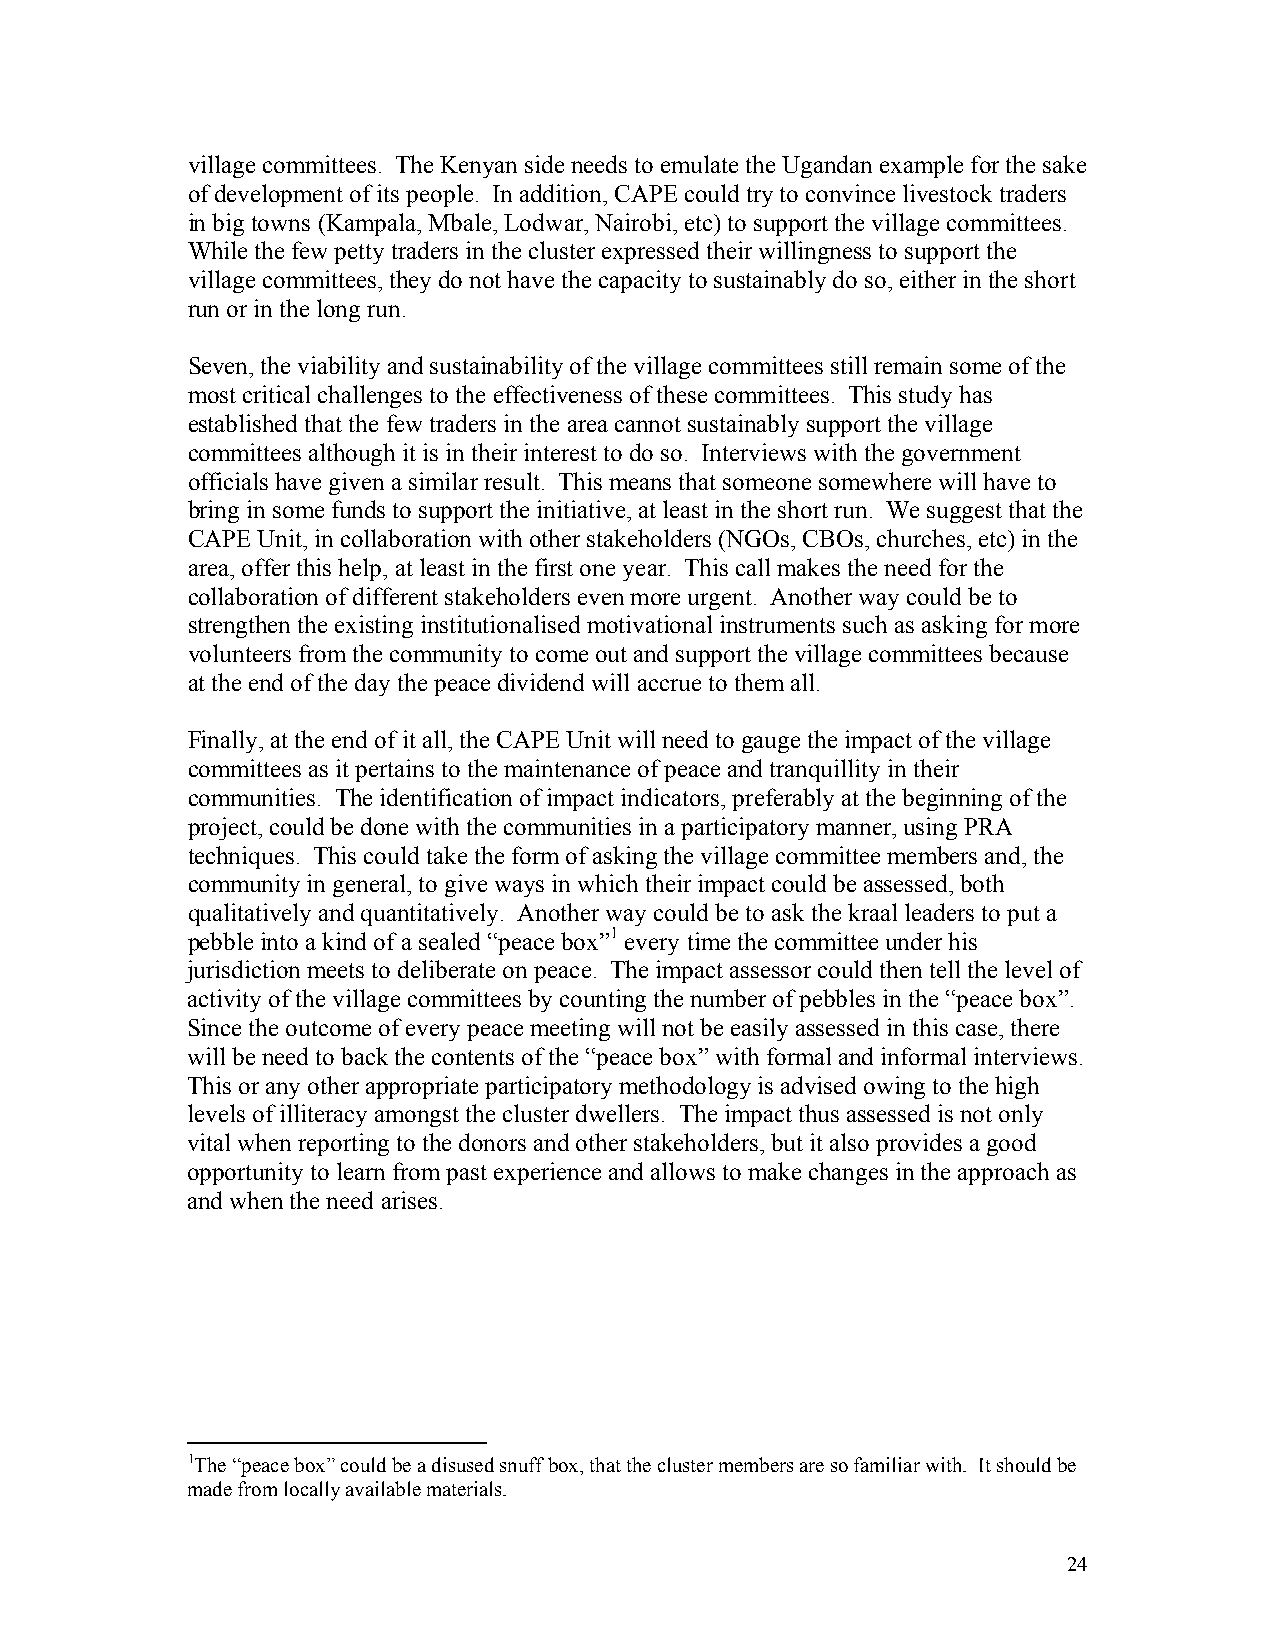
village committees. The Kenyan side needs to emulate the Ugandan example for the sake
 of development of its people. In addition, CAPE could try to convince livestock traders
 in big towns (Kampala, Mbale, Lodwar, Nairobi, etc) to support the village committees.
 While the few petty traders in the cluster expressed their willingness to support the
 village committees, they do not have the capacity to sustainably do so, either in the short
 run or in the long run.
 Seven, the viability and sustainability of the village committees still remain some of the
 most critical challenges to the effectiveness of these committees. This study has
 established that the few traders in the area cannot sustainably support the village
 committees although it is in their interest to do so. Interviews with the government
 officials have given a similar result. This means that someone somewhere will have to
 bring in some funds to support the initiative, at least in the short run. We suggest that the
 CAPE Unit, in collaboration with other stakeholders (NGOs, CBOs, churches, etc) in the
 area, offer this help, at least in the first one year. This call makes the need for the
 collaboration of different stakeholders even more urgent. Another way could be to
 strengthen the existing institutionalised motivational instruments such as asking for more
 volunteers from the community to come out and support the village committees because
 at the end of the day the peace dividend will accrue to them all.
 Finally, at the end of it all, the CAPE Unit will need to gauge the impact of the village
 committees as it pertains to the maintenance of peace and tranquillity in their
 communities. The identification of impact indicators, preferably at the beginning of the
 project, could be done with the communities in a participatory manner, using PRA
 techniques. This could take the form of asking the village committee members and, the
 community in general, to give ways in which their impact could be assessed, both
 qualitatively and quantitatively. Another way could be to ask the kraal leaders to put a
 pebble into a kind of a sealed “peace box”1 every time the committee under his
 jurisdiction meets to deliberate on peace. The impact assessor could then tell the level of
 activity of the village committees by counting the number of pebbles in the “peace box”.
 Since the outcome of every peace meeting will not be easily assessed in this case, there
 will be need to back the contents of the “peace box” with formal and informal interviews.
 This or any other appropriate participatory methodology is advised owing to the high
 levels of illiteracy amongst the cluster dwellers. The impact thus assessed is not only
 vital when reporting to the donors and other stakeholders, but it also provides a good
 opportunity to learn from past experience and allows to make changes in the approach as
 and when the need arises.
 1The “peace box” could be a disused snuff box, that the cluster members are so familiar with. It should be
 made from locally available materials.
 24